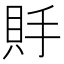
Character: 𧵃